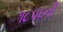
૧૮૫૬ની